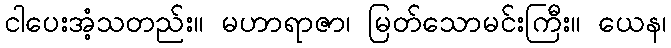
ငါပေးအံ့သတည်း။ မဟာရာဇာ၊ မြတ်သောမင်းကြီး။ ယေန၊